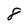
Character: 8